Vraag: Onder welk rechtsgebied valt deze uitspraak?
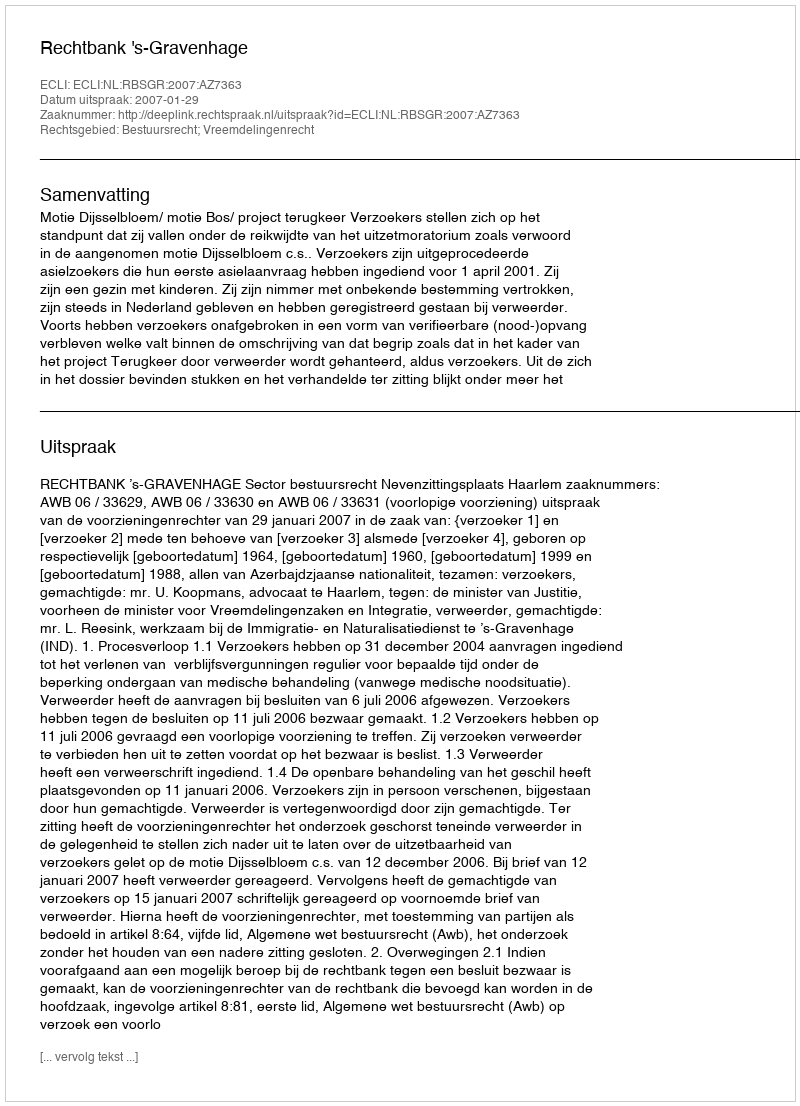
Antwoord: Bestuursrecht; Vreemdelingenrecht